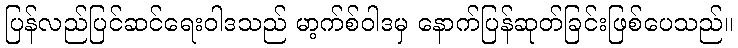
ပြန်လည်ပြင်ဆင်ရေးဝါဒသည် မာ့က်စ်ဝါဒမှ နောက်ပြန်ဆုတ်ခြင်းဖြစ်ပေသည်။